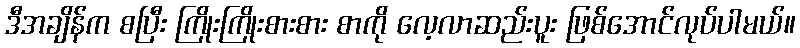
ဒီအချိန်က စပြီး ကြိုးကြိုးစားစား စာကို လေ့လာဆည်းပူး ဖြစ်အောင်လုပ်ပါမယ်။